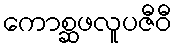
ကောစ္ဆဖလူပဇီဝီ